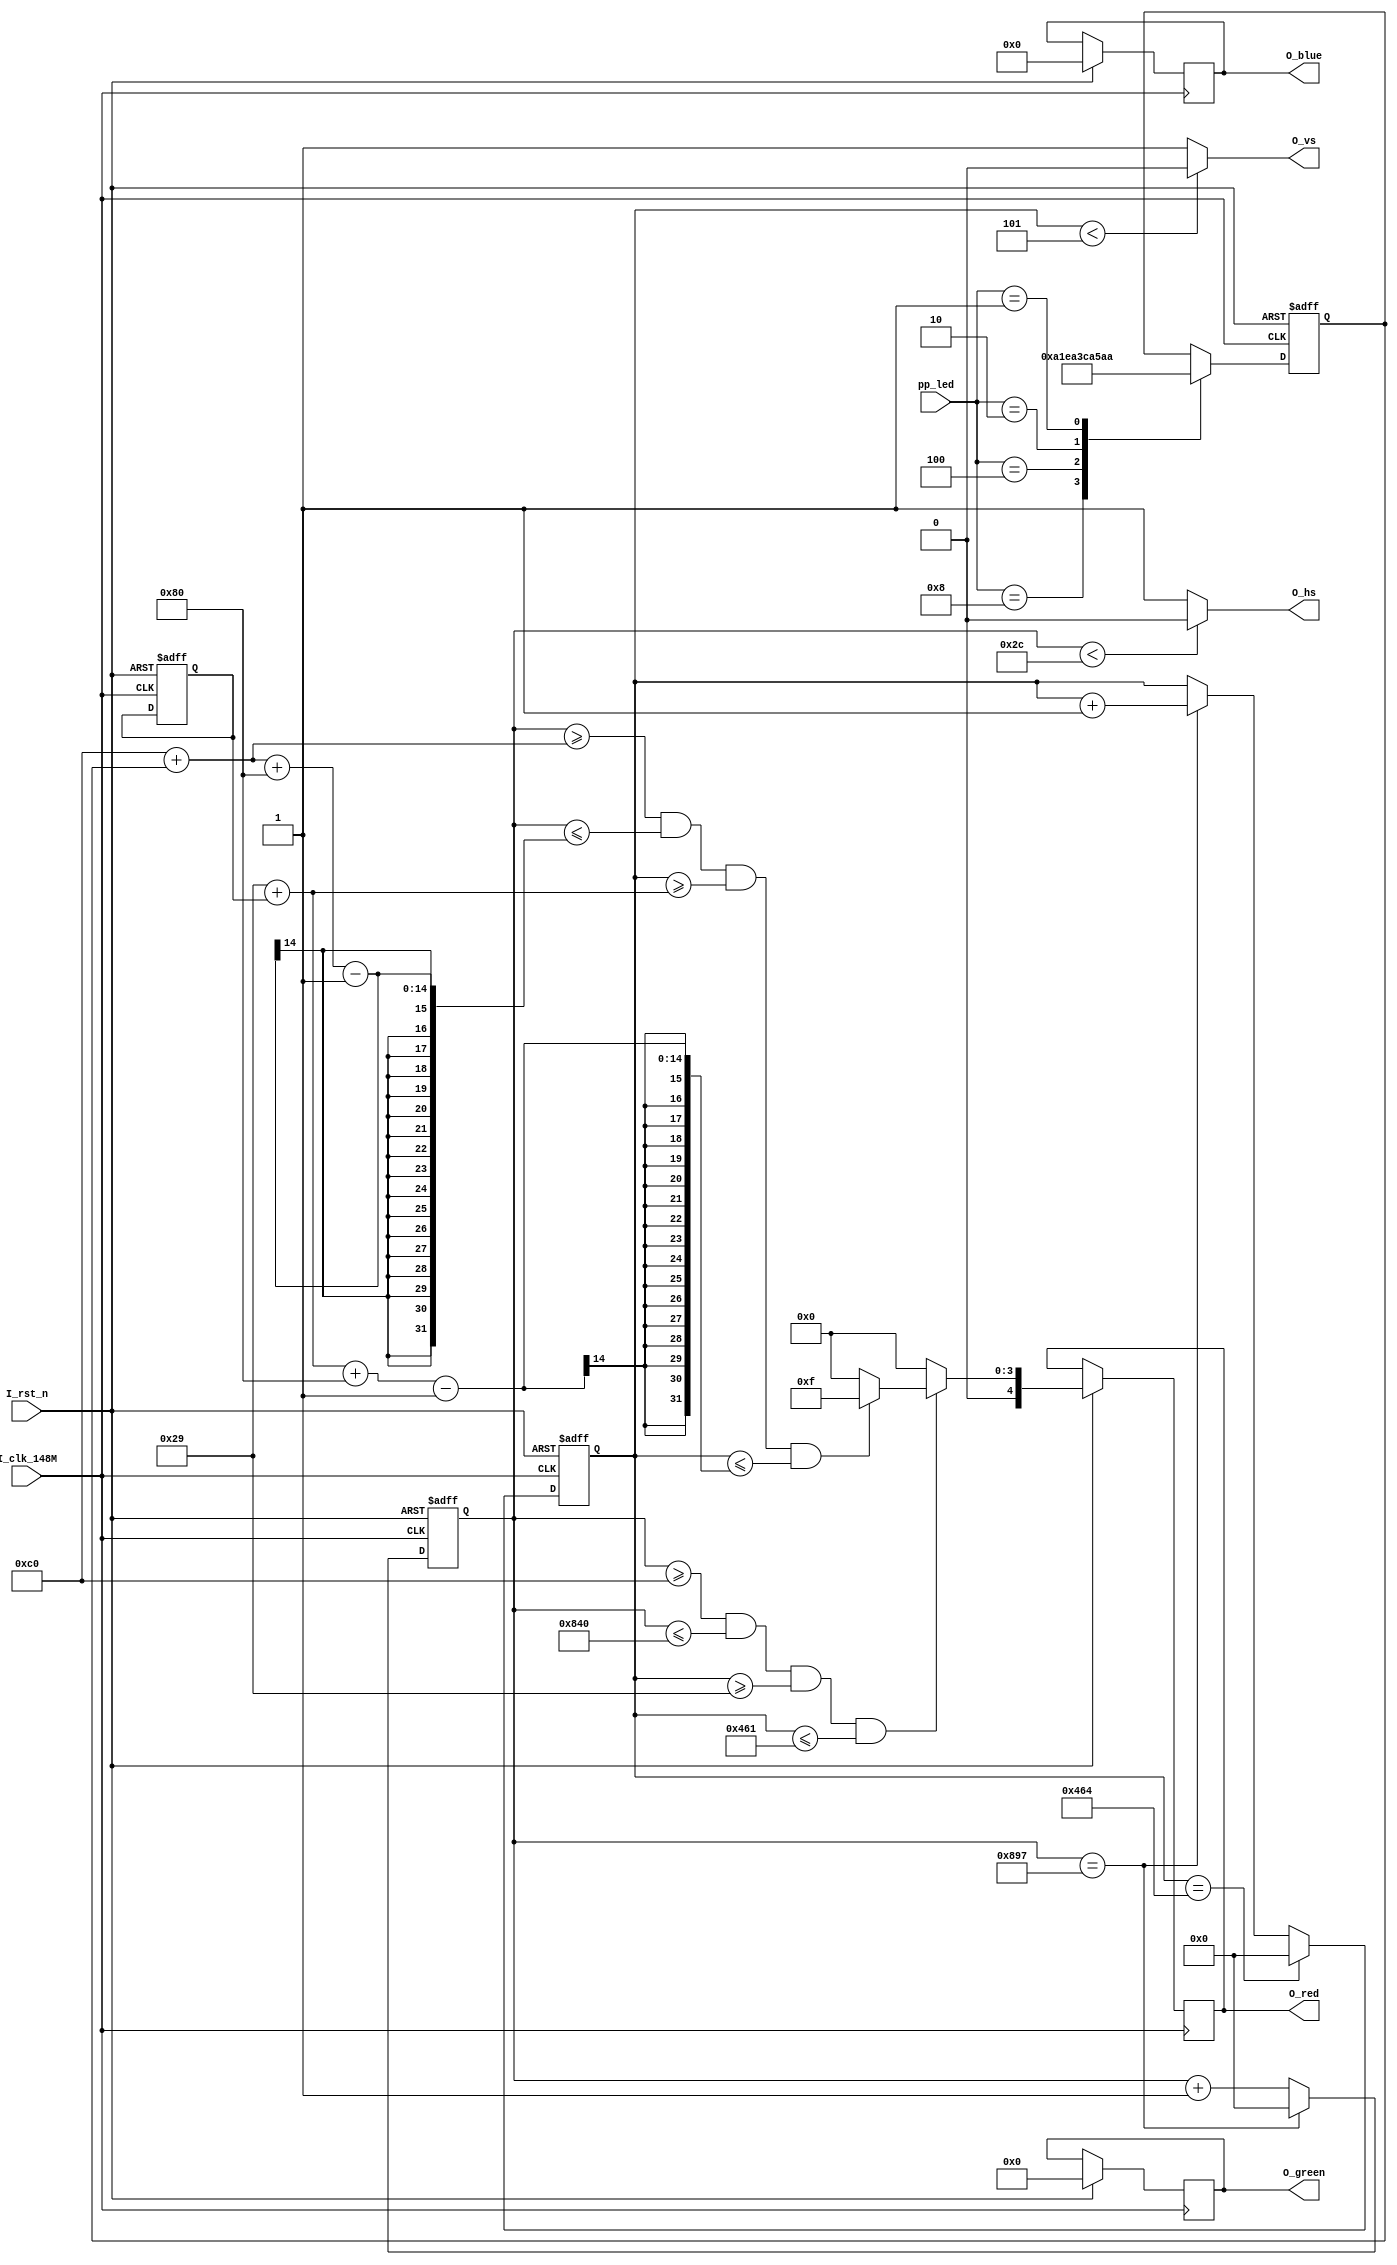
module vga_driver
(
input        I_clk_148M ,   // 1920x1080ݭn148.5MHz
input        I_rst_n , // tδ_
input  [3:0] pp_led,   // Ӧpingpong state machineXyLEDmA@T
                       //        
output [4:0] O_red ,   // VGAq
output [5:0] O_green , // VGAq
output [4:0] O_blue ,  // VGAŦq
output       O_hs ,    // VGAPBH active_low
output       O_vs      // VGAPBH active_low
);

reg [4:0] O_red;   // VGA(5 bits)q
reg [5:0] O_green; // VGA(6 bits)q
reg [4:0] O_blue;  // VGAŦ(5 bits)q
// ѪR?1920x1080ɦɧǦUӰѼƩwq
parameter C_H_SYNC_PULSE = 44 ,
          C_H_BACK_PORCH = 148 ,
          C_H_ACTIVE_TIME = 1920 , //oOLCDѪR
          C_H_FRONT_PORCH = 88 ,
          C_H_LINE_PERIOD = 2200 ; //44+148+1920+88=2200 
                                   //oOLCDù@uBzɶ
                                   //@@1080u

// ѪR?1920x1080ɳɧǦUӰѼƩwq
parameter C_V_SYNC_PULSE = 5 ,
          C_V_BACK_PORCH = 36 ,
          C_V_ACTIVE_TIME = 1080 , //oOLCDѪR
          C_V_FRONT_PORCH = 4 ,
          C_V_FRAME_PERIOD = 1125 ; //5+36+1080+4=1125
                                    //oOLCDùVBzɶ

// @128x128ϹѼ
parameter C_IMAGE_WIDTH = 128 ,
          C_IMAGE_HEIGHT = 128 ,
          C_IMAGE_PIX_NUM = 16384 ;

// 1920x1080ùA4ӰϰACjϰ1920/4 = 480          
parameter C_COLOR_BAR_WIDTH = C_H_ACTIVE_TIME / 4 ;

reg [11:0] R_h_cnt ; // ɧǭpƾ
reg [11:0] R_v_cnt ; // Cɧǭpƾ
reg        R_clk_25M ;
reg [13:0] R_rom_addr ; // ROMa}
wire [15:0] W_rom_data ; // ROMsxƾ

reg [11:0] R_h_pos  ; //Ϥb̹WܪmA
                      //?0ɡAϤK̹t
                              
reg [11:0] R_v_pos  ; //Ϥb̹WܪmA
                      //?0ɡAϤK̹Wt
                      

wire       W_active_flag ; // VGAùʧ@XСA
                           // oӫH?1RGBƾڥiHܦb̹W

//////////////////////////////////////////////////////////////////
//\G25MHz 
//////////////////////////////////////////////////////////////////
/*  oO640x480ùAڬO1920x1080ùAҥHΤ
always @(posedge I_clk or negedge I_rst_n)
begin
if(!I_rst_n) R_clk_25M <= 1'b0 ;
else         R_clk_25M <= ~R_clk_25M ;
end
*/
//////////////////////////////////////////////////////////////////

//////////////////////////////////////////////////////////////////
// \Gͦɧ
//////////////////////////////////////////////////////////////////
//always @(posedge R_clk_25M or negedge I_rst_n)
always @(posedge I_clk_148M or negedge I_rst_n)
begin
if(!I_rst_n)
R_h_cnt <= 12'd0 ;
else if(R_h_cnt == C_H_LINE_PERIOD - 1'b1)
R_h_cnt <= 12'd0 ;
else
R_h_cnt <= R_h_cnt + 1'b1 ;
end

assign O_hs = (R_h_cnt < C_H_SYNC_PULSE) ? 1'b0 : 1'b1 ;
//////////////////////////////////////////////////////////////////

//////////////////////////////////////////////////////////////////
// \Gͳɧ
//////////////////////////////////////////////////////////////////
//always @(posedge R_clk_25M or negedge I_rst_n)
always @(posedge I_clk_148M or negedge I_rst_n)
begin
if(!I_rst_n)
R_v_cnt <= 12'd0 ;
else if(R_v_cnt == C_V_FRAME_PERIOD - 1'b1)
R_v_cnt <= 12'd0 ;
else if(R_h_cnt == C_H_LINE_PERIOD - 1'b1)
R_v_cnt <= R_v_cnt + 1'b1 ;
else
R_v_cnt <= R_v_cnt ;
end

assign O_vs = (R_v_cnt < C_V_SYNC_PULSE) ? 1'b0 : 1'b1 ;
//////////////////////////////////////////////////////////////////

assign W_active_flag = (R_h_cnt >= (C_H_SYNC_PULSE + C_H_BACK_PORCH )) &&
(R_h_cnt <= (C_H_SYNC_PULSE + C_H_BACK_PORCH + C_H_ACTIVE_TIME)) &&
(R_v_cnt >= (C_V_SYNC_PULSE + C_V_BACK_PORCH )) &&
(R_v_cnt <= (C_V_SYNC_PULSE + C_V_BACK_PORCH + C_V_ACTIVE_TIME)) ;

//////////////////////////////////////////////////////////////////
// \GROMϤƾܨ̹W
//////////////////////////////////////////////////////////////////
//always @(posedge R_clk_25M or negedge I_rst_n)
always @(posedge I_clk_148M or negedge I_rst_n)
begin
if(!I_rst_n) R_rom_addr <= 14'd0 ;
else if(W_active_flag)
begin
if(R_h_cnt >= (C_H_SYNC_PULSE + C_H_BACK_PORCH + R_h_pos ) &&
R_h_cnt <= (C_H_SYNC_PULSE + C_H_BACK_PORCH + R_h_pos + C_IMAGE_WIDTH - 1'b1) &&
R_v_cnt >= (C_V_SYNC_PULSE + C_V_BACK_PORCH + R_v_pos ) &&
R_v_cnt <= (C_V_SYNC_PULSE + C_V_BACK_PORCH + R_v_pos + C_IMAGE_HEIGHT - 1'b1) )
begin
O_red <= W_rom_data[15:11] ;
O_green <= W_rom_data[10:5] ;
O_blue <= W_rom_data[4:0] ;
if(R_rom_addr == C_IMAGE_PIX_NUM - 1'b1)
R_rom_addr <= 14'd0 ;
else
R_rom_addr <= R_rom_addr + 1'b1 ;
end
else
begin
O_red <= 5'd0 ;
O_green <= 6'd0 ;
O_blue <= 5'd0 ;
R_rom_addr <= R_rom_addr ;
end
end
else
begin
O_red <= 5'd0 ;
O_green <= 6'd0 ;
O_blue <= 5'd0 ;
R_rom_addr <= R_rom_addr ;
end
end

//////////////////////////////////////////////////////////////////
// \GϹϤʪcase]w /*TӦpingpong state machineX*/
//////////////////////////////////////////////////////////////////
//always@(posedge R_clk_25M or negedge I_rst_n)
always @(posedge I_clk_148M or negedge I_rst_n)
begin
if(!I_rst_n)
begin
R_h_pos <= 12'd00 ; //Ϥmlȵ00  
R_v_pos <= 12'd200 ;  //Ϥmlȵ200  
end
else begin
case(pp_led)  //Ӧpingpong state machineX
4'b1000: begin// ϤbLCDù̥䪺1Ӱϰ  //        
         R_h_pos <= 12'd10;  //(iHۤv]w)
         end
4'b0100: begin// ϤbLCDù̥䪺2Ӱϰ  // 
         R_h_pos <= 12'd10 + C_COLOR_BAR_WIDTH*1; 
         end
4'b0010: begin// ϤbLCDù̥䪺3Ӱϰ  // 
         R_h_pos <= 12'd10 + C_COLOR_BAR_WIDTH*2; 
         end
4'b0001: begin// ϤbLCDù̥䪺4Ӱϰ  // 
         R_h_pos <= 12'd10 + C_COLOR_BAR_WIDTH*3; 
         end
default: R_h_pos <= R_h_pos;
endcase
end
end

//o̥ROMdataNAHοXbùW
assign W_rom_data = 16'b1111_000000_00000; //]wRGBƭ()A
                                           //R(5bit)G(6bit)B(5bit)
/*
rom_image U_rom_image (
.clka(R_clk_25M), // input clka
.addra(R_rom_addr), // input [13 : 0] addra
.douta(W_rom_data) // output [15 : 0] douta
);
*/
endmodule